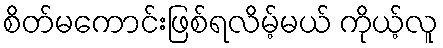
စိတ်မကောင်းဖြစ်ရလိမ့်မယ် ကိုယ့်လူ